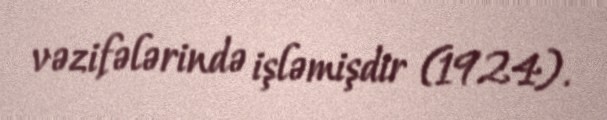
vəzifələrində işləmişdir (1924).